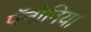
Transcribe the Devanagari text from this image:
पॅनोनिया